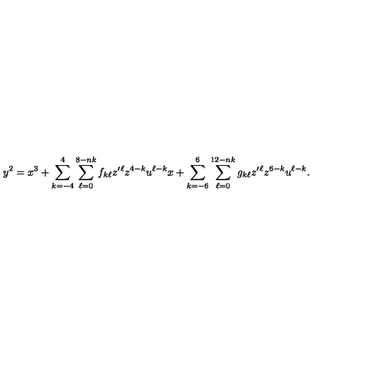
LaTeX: y ^ { 2 } = x ^ { 3 } + \sum _ { k = - 4 } ^ { 4 } \sum _ { \ell = 0 } ^ { 8 - n k } f _ { k \ell } z ^ { \prime } { } ^ { \ell } z ^ { 4 - k } u ^ { \ell - k } x + \sum _ { k = - 6 } ^ { 6 } \sum _ { \ell = 0 } ^ { 1 2 - n k } g _ { k \ell } z ^ { \prime } { } ^ { \ell } z ^ { 6 - k } u ^ { \ell - k } .